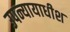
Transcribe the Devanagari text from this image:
उपन्यायाधीश